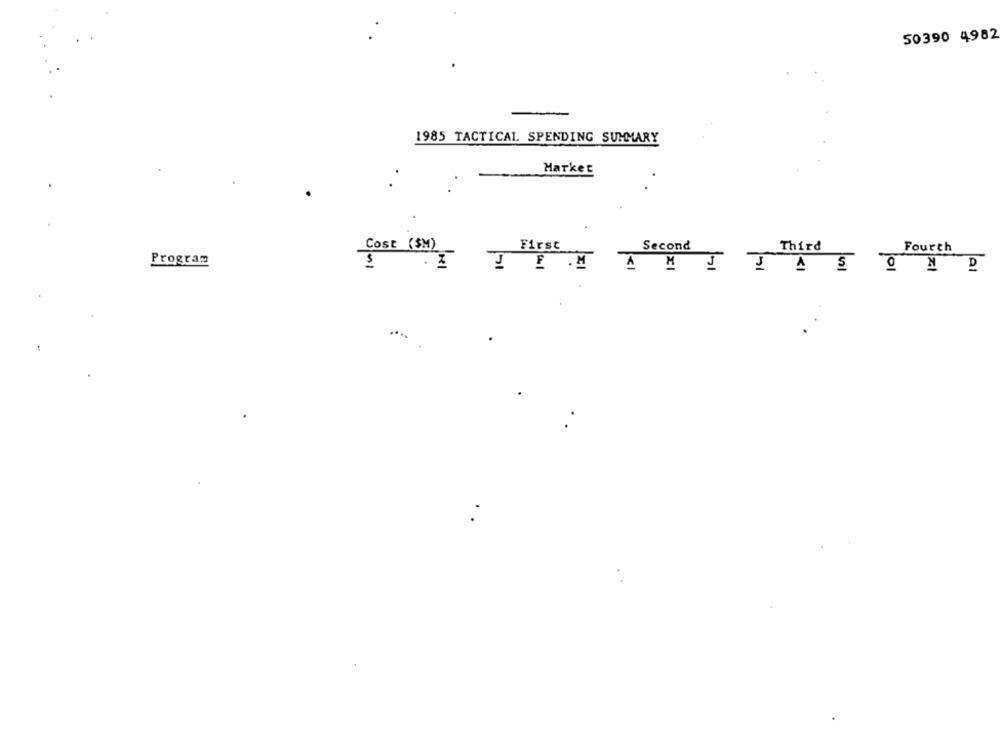
50390 4982
1985 TACTICAL. SPENDING SUMMARY
Market
.
Cost (SM)
First
Second
Third
Fourth
Program
.I J E .M AMI JAS OND